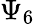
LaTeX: \Psi_{6}